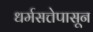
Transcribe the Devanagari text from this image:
धर्मसत्तेपासून